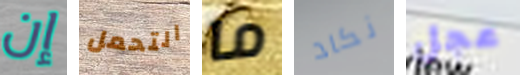
إن التحمل ما نكاد عجل